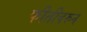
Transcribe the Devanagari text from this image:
फीतीवरुन